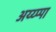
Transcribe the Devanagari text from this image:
अय्य्प्पा